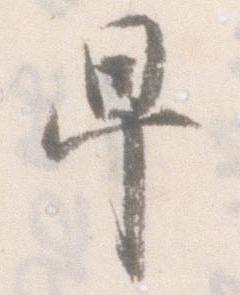
早